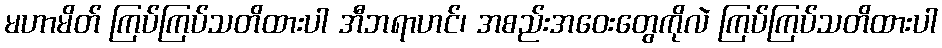
မဟာမိတ် ကြပ်ကြပ်သတိထားပါ အီဘရာဟင်၊ အစည်းအဝေးတွေကိုလဲ ကြပ်ကြပ်သတိထားပါ